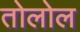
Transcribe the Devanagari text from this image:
तोलोल